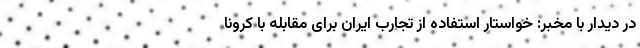
در دیدار با مخبر: خواستار استفاده از تجارب ایران برای مقابله با کرونا